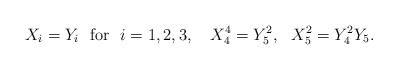
\begin{align*}X_{i} = Y_{i} \ \ {\rm for} \ \ i = 1,2,3, \ \ \ X_{4}^{4} = Y_{5}^{2}, \ \ X_{5}^{2} = Y_{4}^{2}Y_{5}.\end{align*}